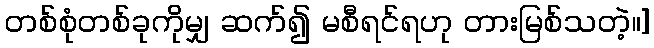
တစ်စုံတစ်ခုကိုမျှ ဆက်၍ မစီရင်ရဟု တားမြစ်သတဲ့။]